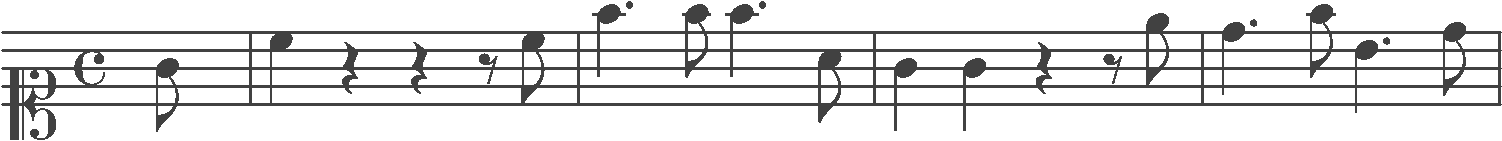
Transcription: clef-C1 timeSignature-C note-G4_eighth barline note-C5_quarter rest-quarter rest-quarter rest-eighth note-C5_eighth barline note-F5_quarter. note-F5_eighth note-F5_quarter. note-A4_eighth barline note-G4_quarter note-G4_quarter rest-quarter rest-eighth note-E5_eighth barline note-D5_quarter. note-F5_eighth note-B4_quarter. note-D5_eighth barline